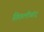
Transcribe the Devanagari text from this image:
तितलीबंद